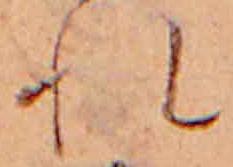
れ